Rangoon Lunatic Asylum 1893-1897 - 1893-1897
Year: 1893
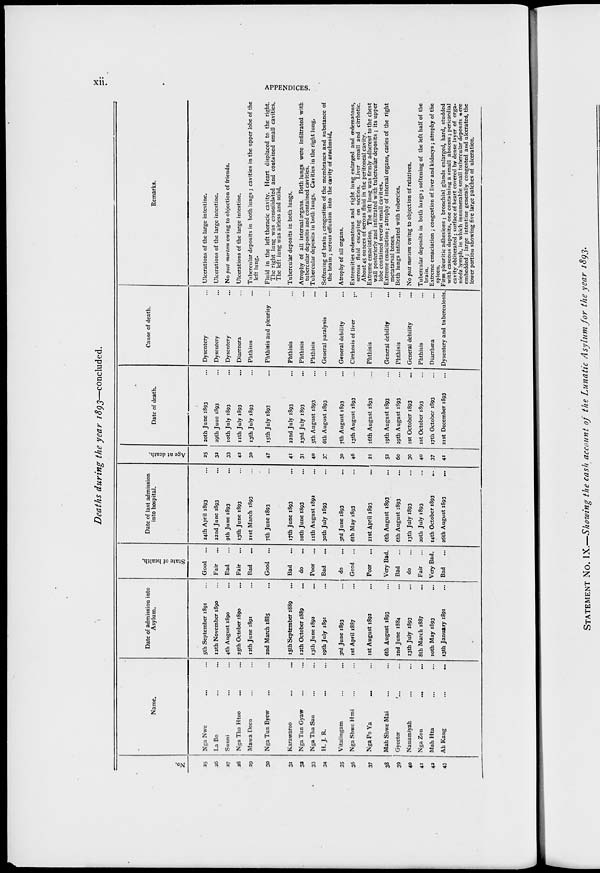
xii.
APPENDICES.
Deaths during the year 1893—concluded.
No.
25
26
27
28
29
30
31
32
33
34
35
36
37
38
39
40
41
42
43
Name.
Nga Nwe ... ...
La Bo ... ...
Sunni ... ...
Nga Tha Htoo ... ...
Mawa Deen ... ...
Nga Tun Byew ... ...
Karawaroo ... ...
Nga Tun Gyaw ... ...
Nga Tha San ... ...
H. J. R.
...
...
Vitalingam ... ...
Nga Shwe Hmi ... ...
Nga Po Ya
... ...
Mah Shwe Mai ... ...
Gyeetor
... ...
Nanamiyah ... ...
Nga Zon ... ...
Mah Hta ... ...
Ah Kang
...
...
Date of admission into
Asylum.
5th September 1891 ...
12th November 1890 ...
4th August 1890 ...
25th October 1890 ...
12th June 1891 ...
2nd March 1885 ...
15th September 1889 ...
12th October 1889 ...
13th June 1892 ...
19th July 1891 ...
3rd June 1893 ...
1st April 1887 ...
1st August 1892 ...
6th August 1893 ...
2nd June 1884 ...
13th July 1893 ...
8th March 1887 ...
10th May 1893 ...
13th January 1891 ...
State of health.
Good ...
Fair ...
Bad ...
Fair ...
Bad ...
Good
...
Bad ...
do
Poor ...
Bad ...
do
Good
...
Poor ...
Very Bad.
Bad ...
do ...
Fair ...
Very Bad.
Bad ...
Date of last admission
into hospital.
24th April 1893 ...
22nd June 1893 ...
9th June 1893 ...
13th June 1893 ...
21st March 1893 ...
7th June 1893 ...
17th June 1893 ...
10th June 1893 ...
11th August 1892 ...
30th July 1893 ...
3rd June 1893 ...
6th May 1893 ...
21st April 1893 ...
6th August 1893 ...
6th August 1893 ...
13th July 1893 ...
20th July 1893 ...
14th October 1893 ...
26th August 1893 ...
Age at death.
25
32
33
42
30
47
41
31
40
37
30
46
21
52
60
30
40
37
41
Date of death.
20th June 1893 ...
29th June 1893 ...
10th July 1893 ...
11th July 1893 ...
13th July 1893 ...
15th July 1893 ...
22nd July 1893 ...
23rd July 1893 ...
5th August 1893 ...
6th August 1893 ...
7th August 1893 ...
13th August 1893 ...
16th August 1893 ...
19th August 1893 ...
29th August 1893
...
1st October 1893
...
1st October 1893 ...
17th October 1893 ...
21st December 1893 ...
Cause of death.
Dysentery ...
Dysentery ...
Dysentery ...
Diarrhœa ...
Phthisis ...
Phthisis and pleurisy ...
Phthisis ...
Phthisis ...
Phthisis ...
General paralysis ...
General debility ...
Cirrhosis of liver ...
Phthisis ...
General debility ...
Phthisis ...
General debility ...
Phthisis ...
Diarrhœa ...
Dysentery and tuberculosis.
Remarks.
Ulcerations of the large intestine.
Ulcerations of the large intestine.
No post mortem owing to objection of friends.
Ulcerations of the large intestine.
Tubercular deposits in both lungs ; cavities in the upper lobe of the
left lung.
Fluid in the left thoracic cavity. Heart displaced to the right.
The right lung was consolidated and contained small cavities.
The left iung was airless and solid.
Tubercular deposits in both lungs.
Atrophy of all internal organs. Both lungs were infiltrated with
tubercular deposits and contained cavities.
Tubercular deposits in both lungs. Cavities in the right lung.
Softening of brain ; congestion of the membranes and substance of
the brain ; serous effusion into the cavity of arachnoid.
Atrophy of all organs.
Extremities œdematous and right lung enlarged and œdematous,
serous fluid escaping on section. Liver small and cirrhotic.
About 45 ounces of serous fluid in the peritoneal cavity.
Extreme emaciation. The left lung was firmly adherent to the chest
wall posteriorly and infiltrated with tubercular deposits ; its upper
lobe contained several small cavities.
Extreme emaciation; atrophy of internal organs, caries of the right
metatarsal bones.
Both lungs infiltrated with tubercles.
No post mortem owing to objection of relatives.
Tubercular deposits in both lungs; softening of the left half of the
brain.
Extreme emaciation ; congestion of liver and kidneys ; atrophy of the
spleen.
Firm pleuritic adhesions ; bronchial glands enlarged, hard, studded
with caseous deposits, one containing a small abscess; pericardial
cavity obliterated; surface of heart covered by dense layer of orga-
niedz lymph, in which innumerable small tubercular deposits were
embedded ; large intestine generally congested and ulcerated, the
lower portion showing five large patches of ulceration.